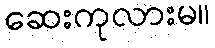
ဆေးကုလားမ။